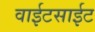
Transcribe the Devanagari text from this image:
वाईटसाईट